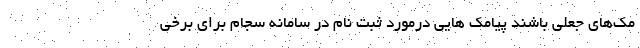
مک‌های جعلی باشند پیامک هایی درمورد ثبت نام در سامانه سجام برای برخی